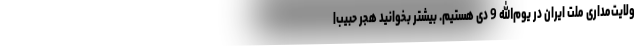
ولایت‌مداری ملت ایران در یوم‌الله 9 دی هستیم. بیشتر بخوانید هجر حبیب|